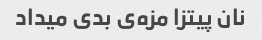
نان پیتزا مزه‌ی بدی میداد